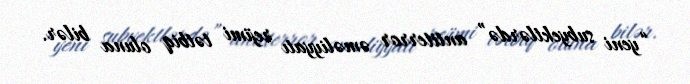
“yeni subyektlərdə” antiterror əməliyyatı rejimi tətbiq oluna bilər.